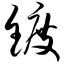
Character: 镀